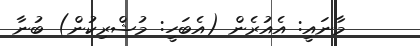
މާނައީ: އެއުރެން (އެބަހީ: މުޝްރިކުން) ބުނާ